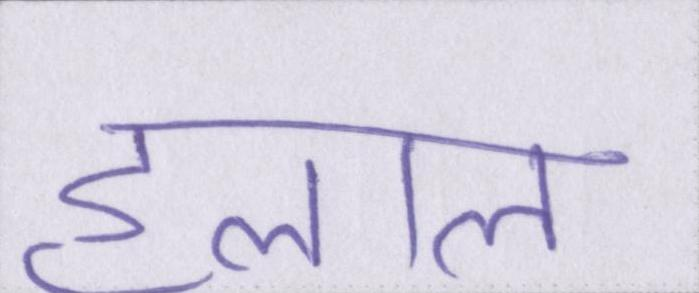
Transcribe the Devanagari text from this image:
हलाल